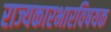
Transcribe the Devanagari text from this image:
राज्यकारभारविषयक